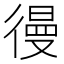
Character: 𰐷